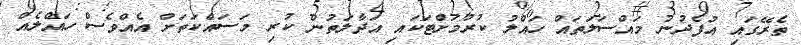
ތެރޭގައި އުފެދުނު މައްސަލަތައް ހައްލު ކުރުމަށްޓަކައި އަދާލަތުން ކުރި މަސައްކަތަށް އެއްވެސް ހައްލެއް